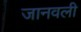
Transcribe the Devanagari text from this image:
जानवली